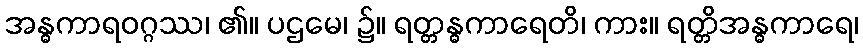
အန္ဓကာရဝဂ္ဂဿ၊ ၏။ ပဌမေ၊ ၌။ ရတ္တန္ဓကာရေတိ၊ ကား။ ရတ္တိအန္ဓကာရေ၊